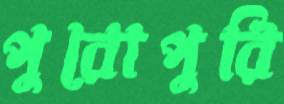
পুরোপুরি